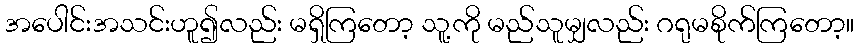
အပေါင်းအသင်းဟူ၍လည်း မရှိကြတော့ သူ့ကို မည်သူမျှလည်း ဂရုမစိုက်ကြတော့။